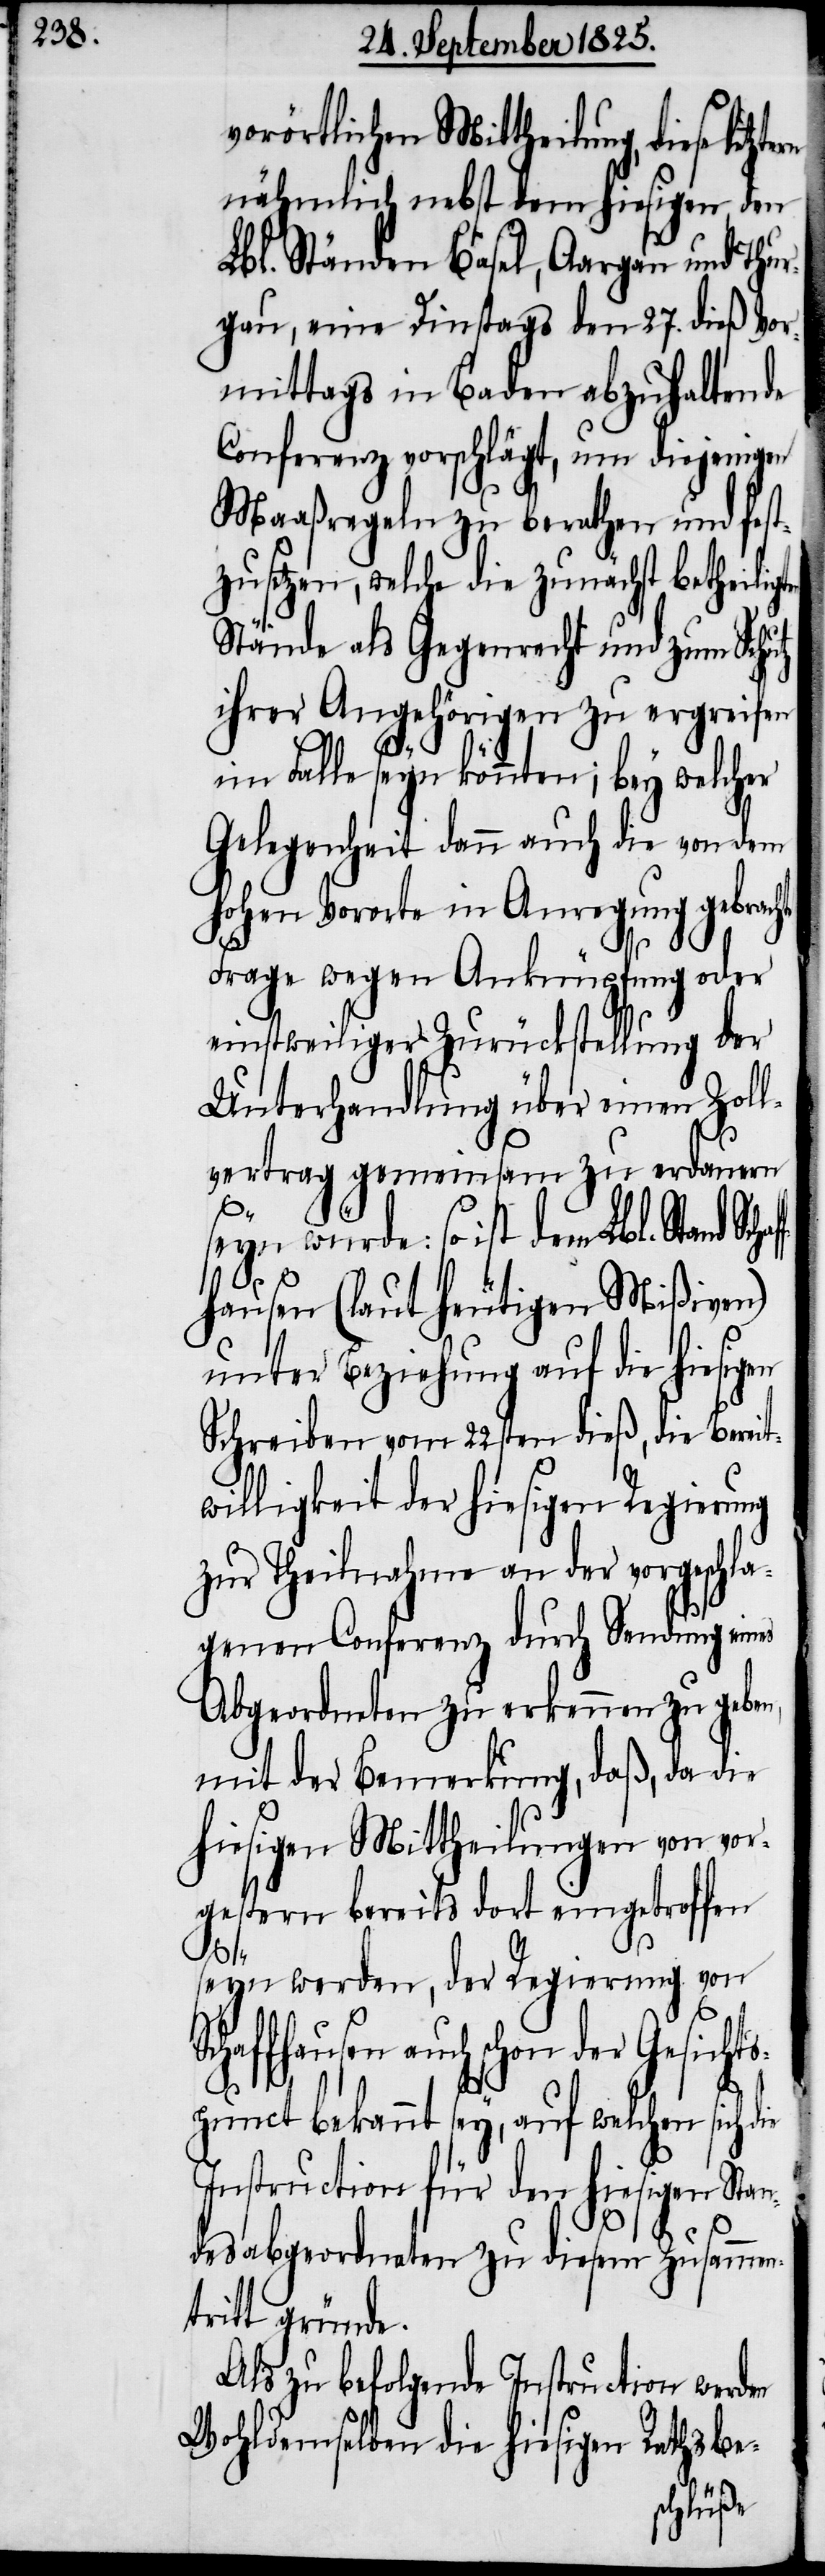
vorörtlichen Mittheilung, diese
nähmlich nebst dem hiesigen den
Lbl. Ständen Basel, Aargau und Thur¬
gau, eine Dienstags den 27. dieß Vor¬
mittags in Baden abzuhaltende
Conferenz vorschlägt, um diejenigen
Maaßregeln zu berathen und fest¬
zusetzen, welche die zunächst betheilig¬
Stände als Gegenrecht und zum Schutz
ihrer Angehörigen zu ergreifen
im Falle seyn könnten; bey welcher
Gelegenheit dann auch die von dem
hohen Vororte in Anregung gebrachte
Frage wegen Anknüpfung oder
einstweiliger Zurückstellung der
Unterhandlung über einen Zoll¬
vertrag gemeinsam zu erdauern
ie
seyn würde: so ist dem Lbl. Stand Sc¬
fhausen (laut heutigen Mißiven)
unter Beziehung auf die hiesigen
Schreiben vom 22sten dieß, die Bereit¬
willigkeit der hiesigen Regierung
zur Theilnahme an der vorgeschla¬
genen Conferenz durch Sendung eines
Abgeordneten zu erkennen zu geben,
mit der Bemerkung, daß, da die
hiesigen Mittheilungen von vor¬
gestern bereits dort eingetroffen
haf¬
seyn werden, der Regierung von
chaffhausen auch schon der Gesicht¬
spunct bekannt sey, auf welchen sich d¬
Instruction für den hiesigen Sta¬
ndes Abgeordneten zu diesem Zusammen¬
tritt gründe.
Als zu befolgende Instruction werden
Wohldemselben die hiesigen Rathsbe-